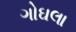
ગોઘલા